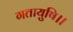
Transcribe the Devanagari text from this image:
गतायुषि।।